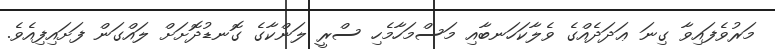
މަރުވެފައިވާ ގިނަ ޢަދަދެއްގެ ވެލާކަހަނބާއި މަސްމަހާމެހި ސްރީ ލަންކާގެ ގޮނޑުދޮށަށް ލައްގަން ފަށައިފިއެވެ.